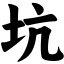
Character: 坑